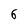
Character: 6